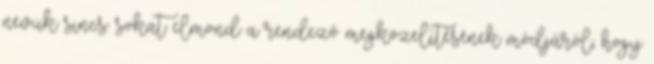
nevük sincs: sokat elmond a rendező megközelítésének módjáról, hogy